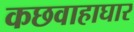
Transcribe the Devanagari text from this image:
कछवाहाघार